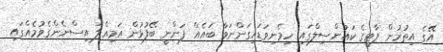
އޭގެ އިތުރުން ޕާޓީގެ ކައުންސިލްގައި ހިމެނިވަޑައިގަންނަވާ ބައެއް ފަންނީ ބޭފުޅުން އަމިއްލަ އިސްނެންގެވުމެއްގައި